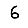
Digit: 6